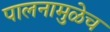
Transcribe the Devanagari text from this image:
पालनामुळेच